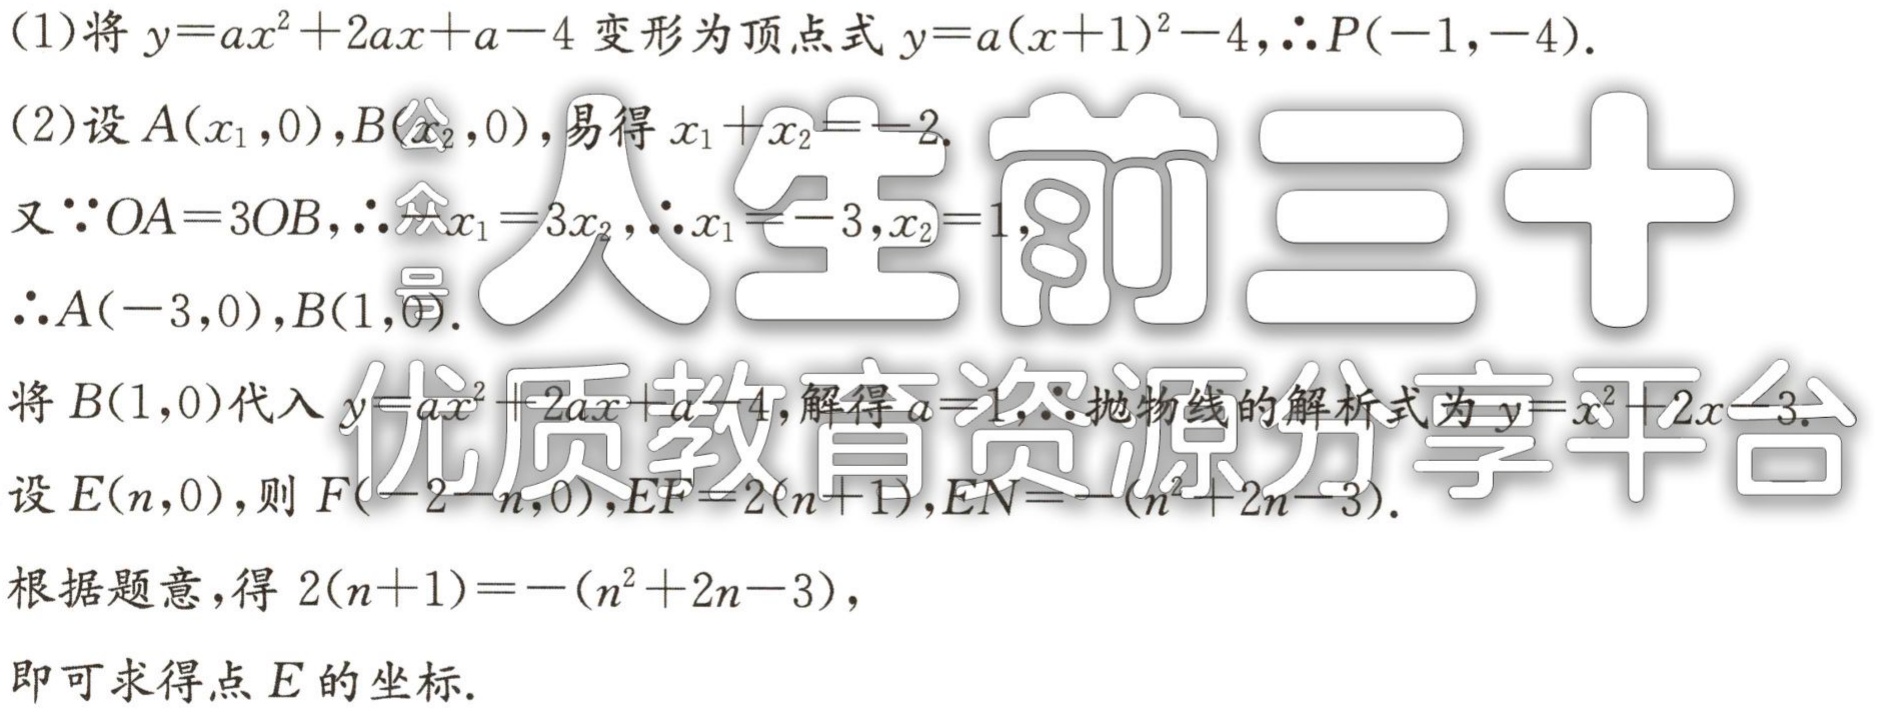
(1)将 \(y = ax^{2}+2ax + a - 4\) 变形为顶点式 \(y=a(x + 1)^{2}-4\)，\(\therefore P(-1,-4)\)。

(2)设 \(A(x_{1},0)\)，\(B(x_{2},0)\)，易得 \(x_{1}+x_{2}=-2\)。

又\(\because OA = 3OB\)，\(\therefore x_{1}=3x_{2}\)，\(\therefore x_{1}=-3\)，\(x_{2}=1\)，

\(\therefore A(-3,0)\)，\(B(1,0)\)。

将 \(B(1,0)\) 代入 \(y = ax^{2}+2ax + a - 4\)，解得 \(a = 1\)，\(\therefore\)抛物线的解析式为 \(y=x^{2}+2x - 3\)。

设 \(E(n,0)\)，则 \(F(-2 - n,0)\)，\(EF = 2(n + 1)\)，\(EN=-(n^{2}+2n - 3)\)。

根据题意，得 \(2(n + 1)=-(n^{2}+2n - 3)\)，

即可求得点 \(E\) 的坐标。